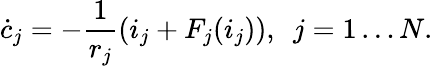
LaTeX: \dot{c}_{j}=-\frac{1}{r_{j}}\left(i_{j}+F_{j}(i_{j})\right),~~j=1\dots N.